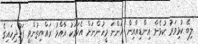
ލިބޭ ކުޅިވަރު ކުޅެން އިންޑިއާއިން އަންނަ މީހުންނަށް އެކަމަކު އާއްމު ރައްޔިތުންވީ ފަހުދިހައިގެ